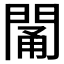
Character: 𨴭